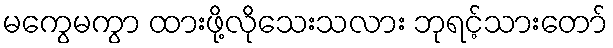
မကွေမကွာ ထားဖို့လိုသေးသလား ဘုရင့်သားတော်